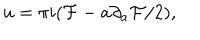
LaTeX: u = \pi i ( { \cal F } - a \partial _ { a } { \cal F } / 2 ) ,